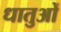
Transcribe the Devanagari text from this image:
धातुआें